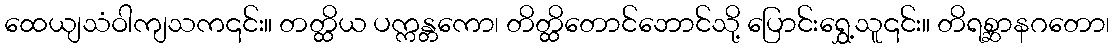
ထေယျသံဝါကျသက၎င်း။ တတ္ထိယ ပက္ကန္တကော၊ တိတ္ထိတောင်ဘောင်သို့ ပြောင်းရွှေ့သူ၎င်း။ တိရစ္ဆာနဂတော၊